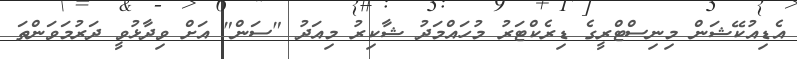
އެޑިއުކޭޝަން މިނިސްޓްރީގެ ޑިރެކްޓަރު މުހައްމަދު ޝާކިރު މިއަދު "ސަން" އަށް ވިދާޅުވީ ދަރުމަވަންތަ